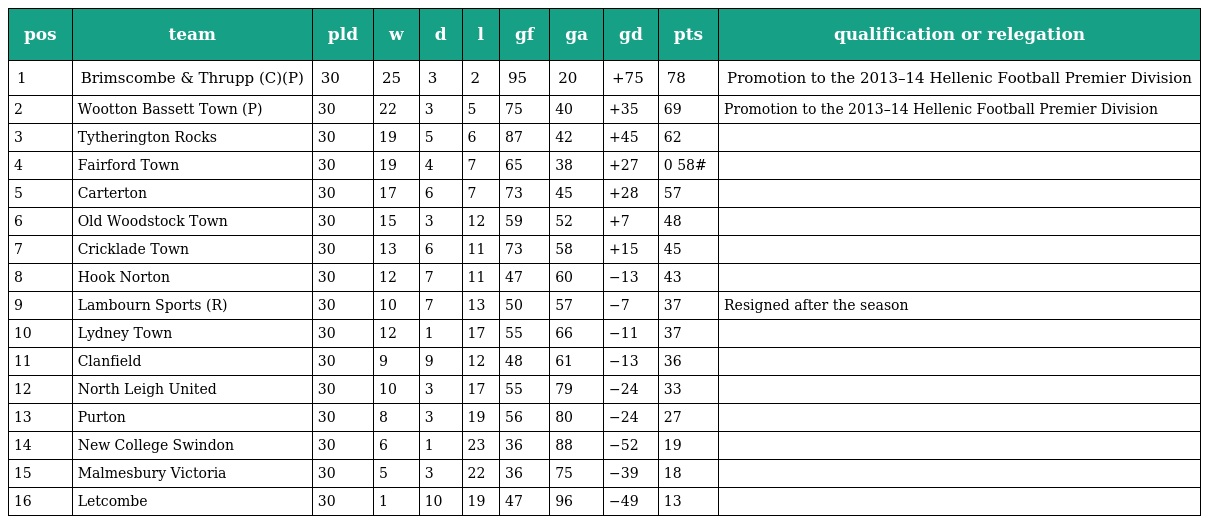
| pos | team | pld | w | d | l | gf | ga | gd | pts | qualification or relegation |
 | --- | --- | --- | --- | --- | --- | --- | --- | --- | --- | --- |
 | 1 | Brimscombe & Thrupp (C)(P) | 30 | 25 | 3 | 2 | 95 | 20 | +75 | 78 | Promotion to the 2013–14 Hellenic Football Premier Division |
 | 2 | Wootton Bassett Town (P) | 30 | 22 | 3 | 5 | 75 | 40 | +35 | 69 | Promotion to the 2013–14 Hellenic Football Premier Division |
 | 3 | Tytherington Rocks | 30 | 19 | 5 | 6 | 87 | 42 | +45 | 62 |  |
 | 4 | Fairford Town | 30 | 19 | 4 | 7 | 65 | 38 | +27 | 0 58# |  |
 | 5 | Carterton | 30 | 17 | 6 | 7 | 73 | 45 | +28 | 57 |  |
 | 6 | Old Woodstock Town | 30 | 15 | 3 | 12 | 59 | 52 | +7 | 48 |  |
 | 7 | Cricklade Town | 30 | 13 | 6 | 11 | 73 | 58 | +15 | 45 |  |
 | 8 | Hook Norton | 30 | 12 | 7 | 11 | 47 | 60 | −13 | 43 |  |
 | 9 | Lambourn Sports (R) | 30 | 10 | 7 | 13 | 50 | 57 | −7 | 37 | Resigned after the season |
 | 10 | Lydney Town | 30 | 12 | 1 | 17 | 55 | 66 | −11 | 37 |  |
 | 11 | Clanfield | 30 | 9 | 9 | 12 | 48 | 61 | −13 | 36 |  |
 | 12 | North Leigh United | 30 | 10 | 3 | 17 | 55 | 79 | −24 | 33 |  |
 | 13 | Purton | 30 | 8 | 3 | 19 | 56 | 80 | −24 | 27 |  |
 | 14 | New College Swindon | 30 | 6 | 1 | 23 | 36 | 88 | −52 | 19 |  |
 | 15 | Malmesbury Victoria | 30 | 5 | 3 | 22 | 36 | 75 | −39 | 18 |  |
 | 16 | Letcombe | 30 | 1 | 10 | 19 | 47 | 96 | −49 | 13 |  |